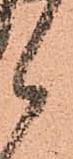
候